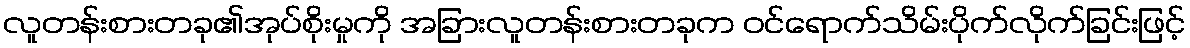
လူတန်းစားတခု၏အုပ်စိုးမှုကို အခြားလူတန်းစားတခုက ဝင်ရောက်သိမ်းပိုက်လိုက်ခြင်းဖြင့်